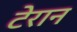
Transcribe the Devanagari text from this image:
टेरान